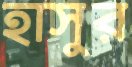
হাসুর